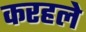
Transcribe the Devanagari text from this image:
करहले